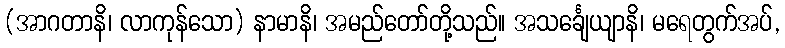
(အာဂတာနိ၊ လာကုန်သော) နာမာနိ၊ အမည်တော်တို့သည်။ အသင်္ချေယျာနိ၊ မရေတွက်အပ်,